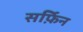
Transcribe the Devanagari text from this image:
सर्फ़िन